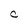
Character: C